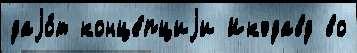
даjо́т конце́пциjи Икэдавд во